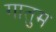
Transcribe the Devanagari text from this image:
गातुम